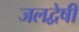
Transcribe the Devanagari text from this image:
जलद्वेषी